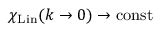
\chi _ { \mathrm { L i n } } ( k \to 0 ) \to \mathrm { c o n s t }